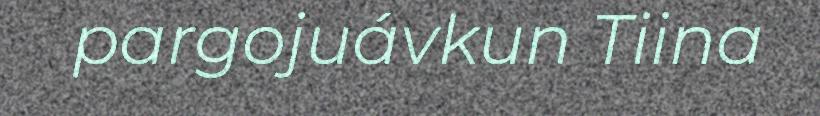
pargojuávkun Tiina